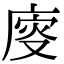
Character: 廀